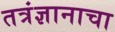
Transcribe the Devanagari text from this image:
तत्रंज्ञानाचा